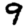
Digit: 9